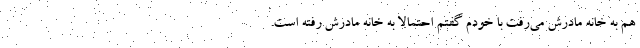
هم به خانه مادرش می‌رفت با خودم گفتم احتمالاً به خانه مادرش رفته است.